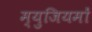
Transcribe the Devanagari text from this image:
म्युजियमों